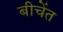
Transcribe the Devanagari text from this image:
बीचेंत